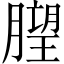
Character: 𱼙